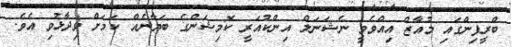
ބްރީފިންގައި މުއާޒް އިއްވެވީ ނެޝަނަލް އިންކުއަރީ ކޮމިޝަންގެ ބަޔާނެއް ކަމަށް ވިދާޅުވި އެވެ.